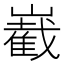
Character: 嶻